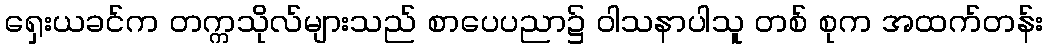
ရှေးယခင်က တက္ကသိုလ်များသည် စာပေပညာ၌ ဝါသနာပါသူ တစ် စုက အထက်တန်း